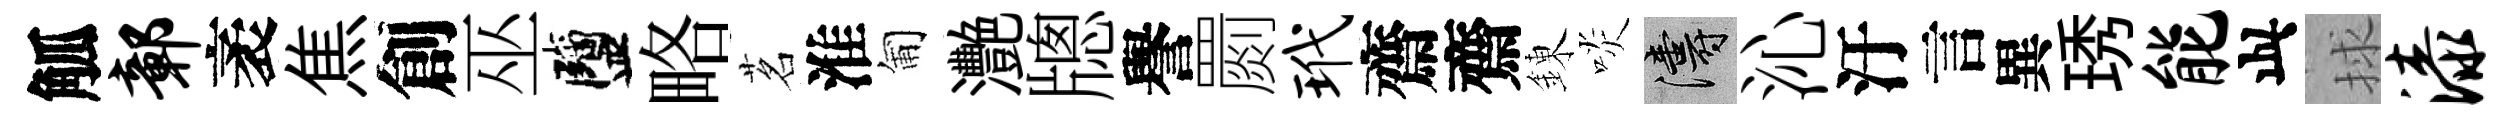
觚鄣袤焦創巫鹽略茗淮匍灧牕譽罽玳齋齋錬啖濤沁汙言異琇能此捄漆